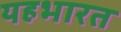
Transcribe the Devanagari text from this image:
यहभारत